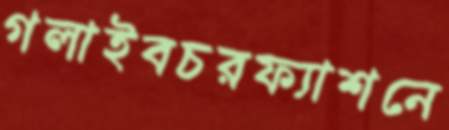
গলাইবচরফ্যাশনে